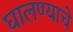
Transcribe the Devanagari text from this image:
घालण्‍याचे